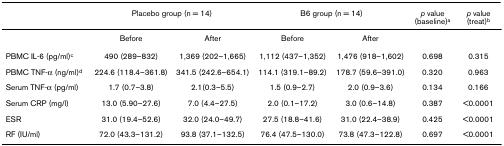
|  | <COLSPAN=2> Placebo group (n = 14) | <COLSPAN=2> B6 group (n = 14) | p value (baseline)a | p value (treat)b |
 | --- | --- | --- | --- | --- | --- | --- |
 |  | Before | After | Before | After |  |  |
 | PBMC IL-6 (pg/ml)c | 490 (289–832) | 1,369 (202–1,665) | 1,112 (437–1,352) | 1,476 (918–1,602) | 0.698 | 0.315 |
 | PBMC TNF-α (ng/ml)d | 224.6 (118.4–361.8) | 341.5 (242.6–654.1) | 114.1 (319.1–89.2) | 178.7 (59.6–391.0) | 0.320 | 0.963 |
 | Serum TNF-α (pg/ml) | 1.7 (0.7–3.8) | 2.1(0.3–5.5) | 1.5 (0.9–2.7) | 2.0 (0.9–3.6) | 0.134 | 0.166 |
 | Serum CRP (mg/l) | 13.0 (5.90–27.6) | 7.0 (4.4–27.5) | 2.0 (0.1–17.2) | 3.0 (0.6–14.8) | 0.387 | <0.0001 |
 | ESR | 31.0 (19.4–52.6) | 32.0 (24.0–49.7) | 27.5 (18.8–41.6) | 31.0 (22.4–38.9) | 0.425 | <0.0001 |
 | RF (IU/ml) | 72.0 (43.3–131.2) | 93.8 (37.1–132.5) | 76.4 (47.5–130.0) | 73.8 (47.3–122.8) | 0.697 | <0.0001 |